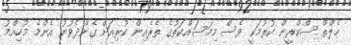
ހެލްތް ސްކްރީން ކުރުމަކީ ވެސް މިމަސައްކަތުގެ ތެރެއިން ކުރިއަށް ގެންދެވުނު އެންމެ މުހިއްމު